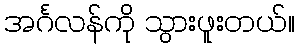
အင်္ဂလန်ကို သွားဖူးတယ်။